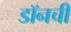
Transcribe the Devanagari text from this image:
डॉनची